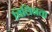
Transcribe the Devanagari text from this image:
विलिनता